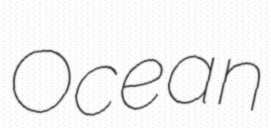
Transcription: Ocean